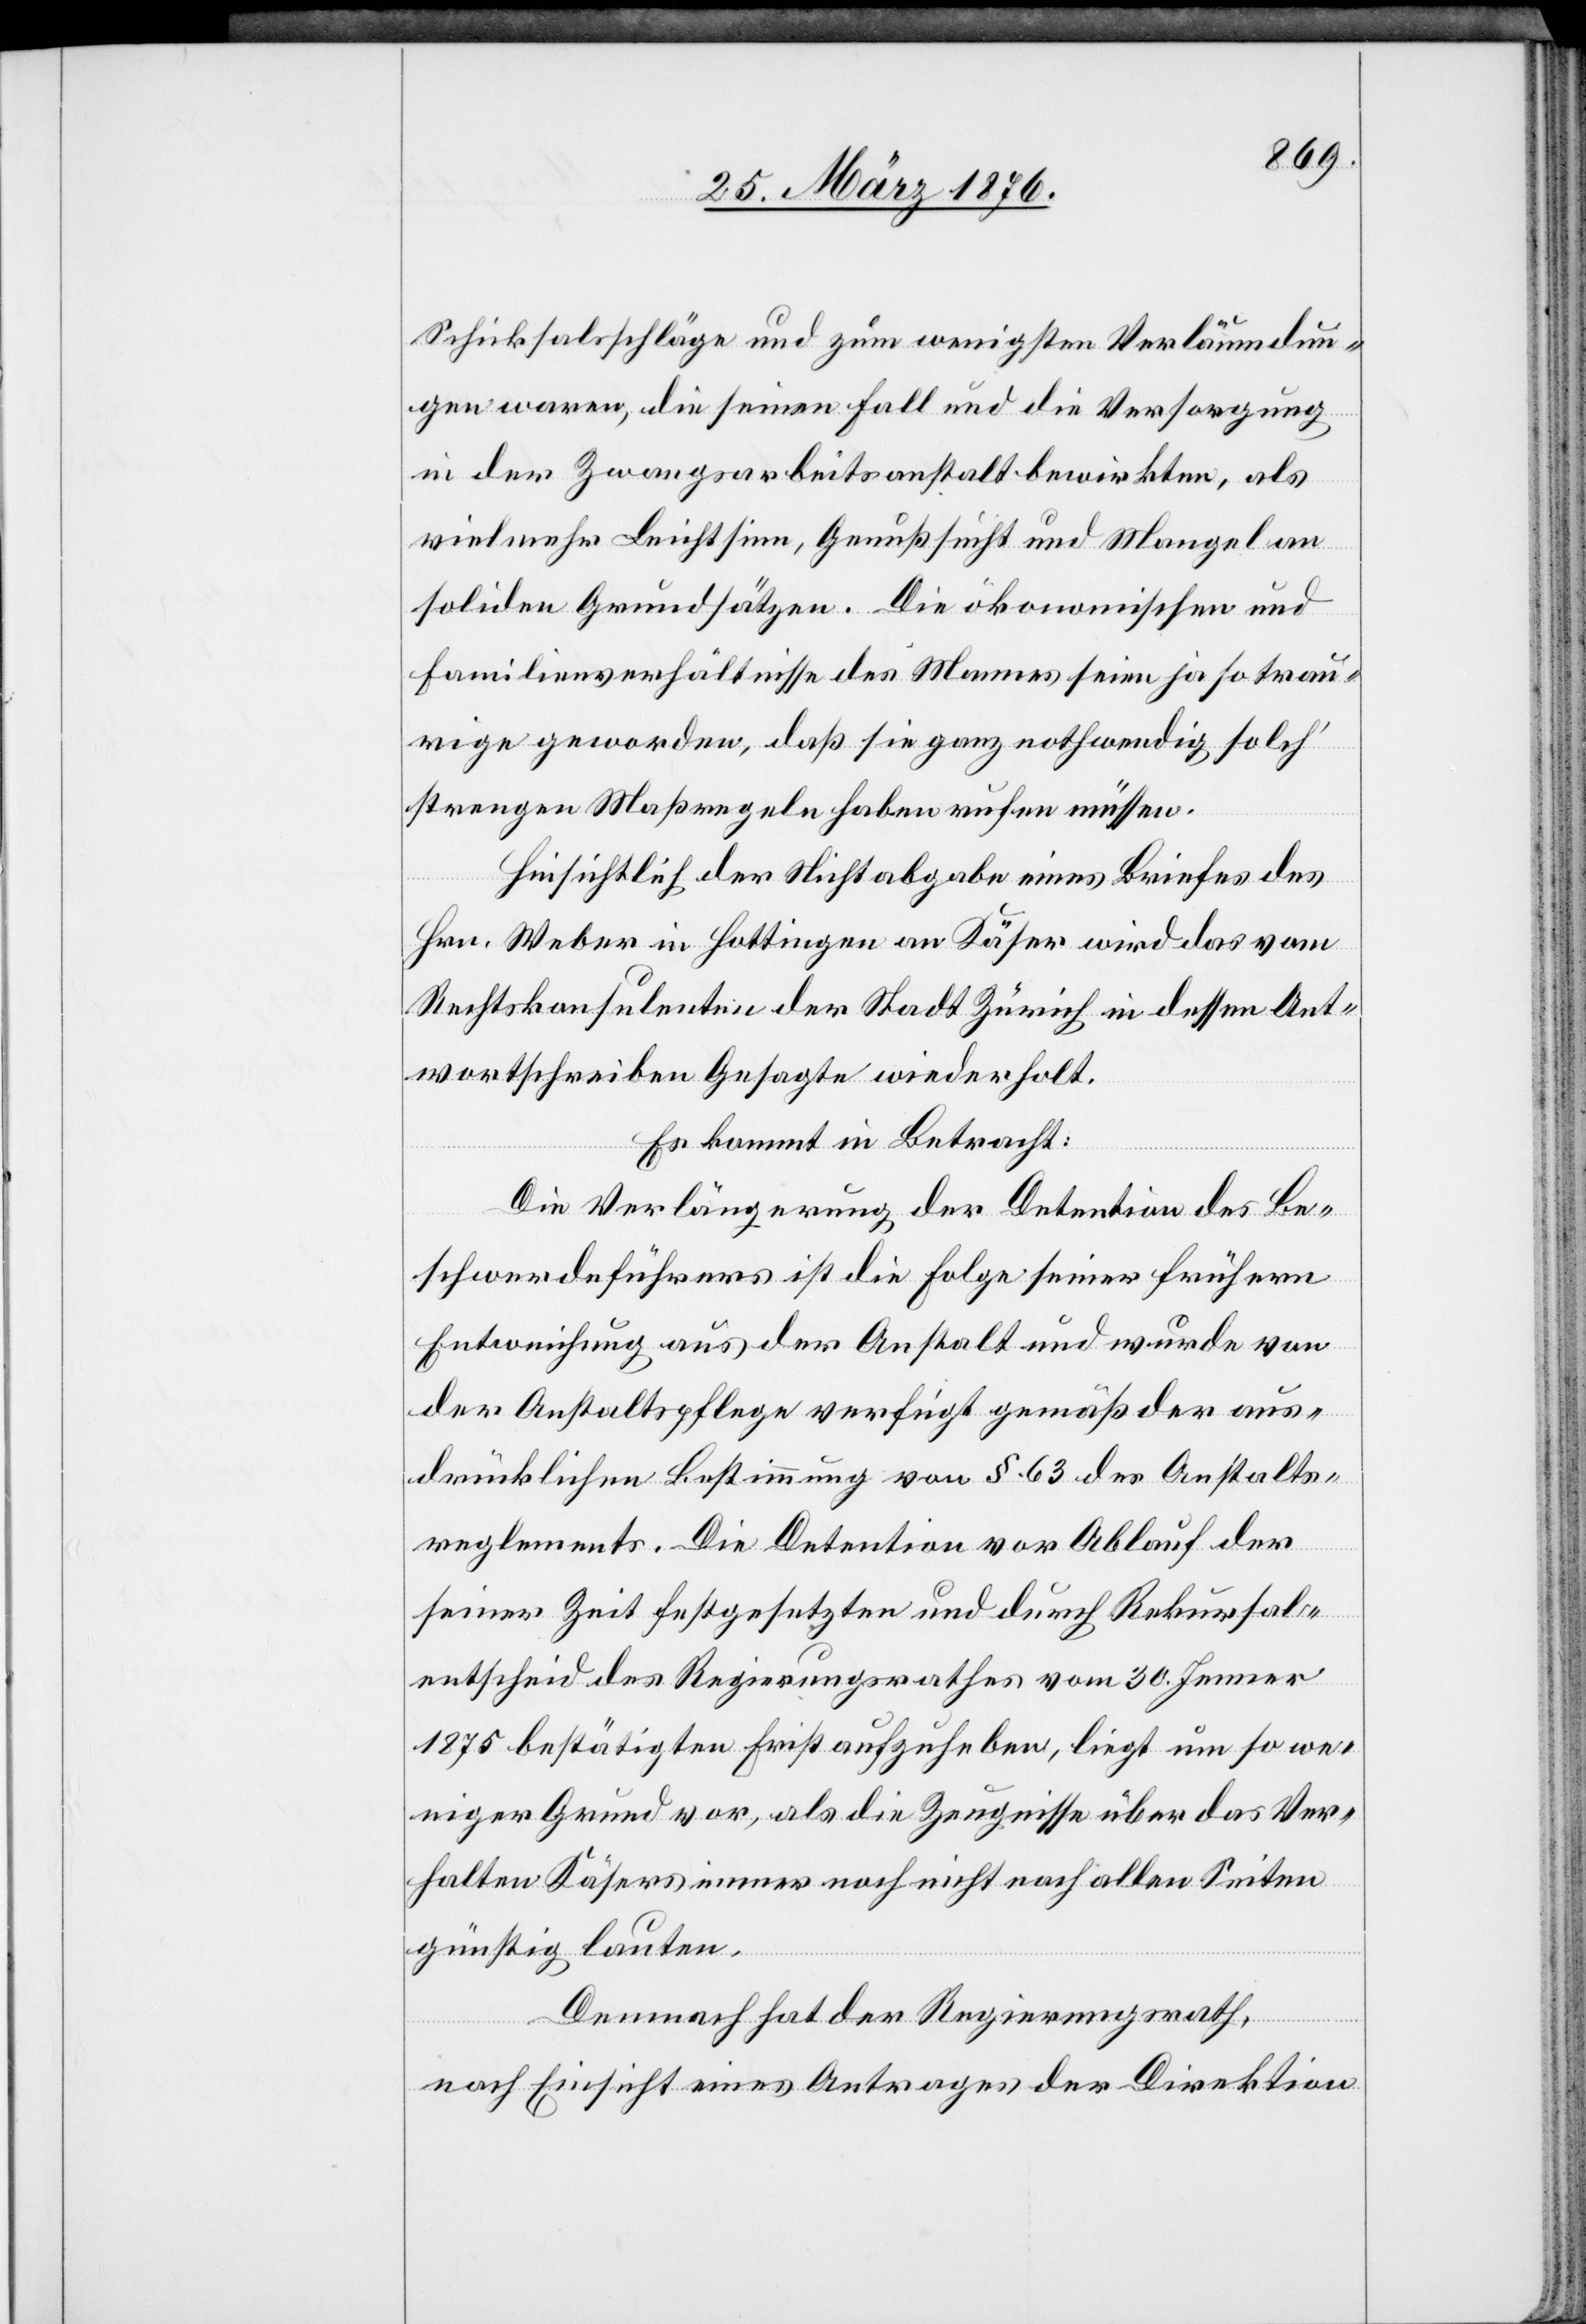
Schicksalsschläge und zum wenigsten Verläumdun¬
gen waren, die seinen Fall und die Versorgung
in der Zwangsarbeitsanstalt bewirkten, als
vielmehr Leichtsinn, Genußsucht und Mangel an
soliden Grundsätzen. Die ökonomischen und
Familienverhältnisse des Mannes seien ja so trau¬
rige geworden, daß sie ganz nothwendig [nach]
strengen Maßregeln haben rufen müssen.
Hinsichtlich der Nichtabgabe eines Briefes des
Hrn. Weber in Hottingen an Käser wird das vom
Rechtskonsulenten der Stadt Zürich in dessen Ant¬
wortschreiben Gesagte wiederholt.
Es kommt in Betracht:
Die Verlängerung der Detention des Be¬
schwerdeführers ist die Folge seiner frühern
Entweichung aus der Anstalt und wurde von
der Anstaltspflege verfügt gemäß der aus¬
drücklichen Bestimmung von § 63 des Anstalts¬
reglements. Die Detention vor Ablauf der
seiner Zeit festgesetzten und durch Rekursal¬
entscheid des Regierungsrathes vom 30. Jenner
1875 bestätigten Frist aufzuheben, liegt um so we¬
niger Grund vor, als die Zeugnisse über das Ver¬
halten Käsers immer noch nicht nach allen Seiten
günstig lauten.
Demnach hat der Regierungsrath,
nach Einsicht eines Antrages der Direktion